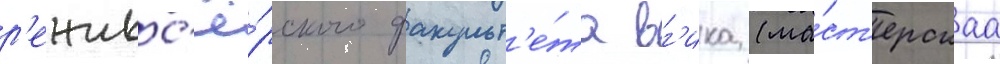
р'ежисс'ё́рского факульт'е́та вг'ика (ма́ст'ерскаа